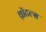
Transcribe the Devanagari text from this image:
थ्रॉटल्स